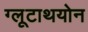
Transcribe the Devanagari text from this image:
ग्लूटाथयोन